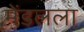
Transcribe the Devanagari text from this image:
मेंडलला